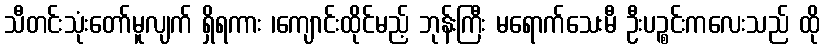
သီတင်းသုံးတော်မူလျက် ရှိရကား ၊ကျောင်းထိုင်မည့် ဘုန်းကြီး မရောက်သေးမီ ဦးပဉ္စင်းကလေးသည် ထို